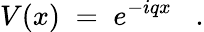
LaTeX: V(x)\; =\; e^{-iqx}\; \; \; .